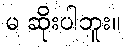
မ ဆိုးပါဘူး။